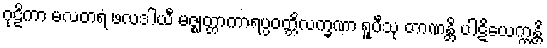
ဂုဠိကာ မလတရံ ဖလဒါယီ မဇ္ဈတ္တာကာရပ္ပဝတ္တိလက္ခဏာ ရူပီသု တာဏန္တိ ပါဋိယေက္ကန္တိ